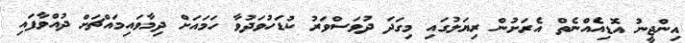
އިންޖީނު އޮޑިއެއްނެތް އެރަށުން ރިޔަލުގައި މިގަދަ ދުވަސްވަރު ކުޑަހުވަދުވާ ހަމައަށް ދިމާވައިމައްޗަށް ދުއްވާފައި